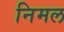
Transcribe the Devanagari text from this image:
निमल